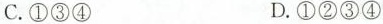
C.①③④ D.①②③④